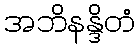
အဘိနန္ဒိတံ